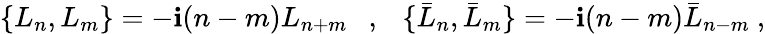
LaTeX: \{ L_{n},L_{m}\} =-\mathbf{i}(n-m)L_{n+m}\ \ \ ,\ \ \ \{ \bar{{L}}_{n},\bar{{L}}_{m}\} =-\mathbf{i}(n-m)\bar{{L}}_{n-m}\ ,